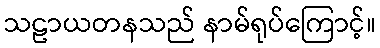
သဠာယတနသည် နာမ်ရုပ်ကြောင့်။